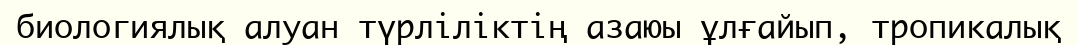
биологиялық алуан түрліліктің азаюы ұлғайып, тропикалық